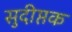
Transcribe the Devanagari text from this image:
सुदीप्तक